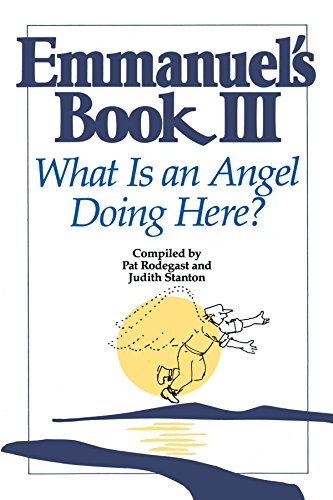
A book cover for Emmanuel's Book III: What Is an Angel Doing Here?; Religion & Spirituality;